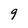
Character: 9